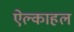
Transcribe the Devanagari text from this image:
ऐल्काहल